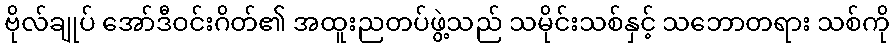
ဗိုလ်ချုပ် အော်ဒီဝင်းဂိတ်၏ အထူးညတပ်ဖွဲ့သည် သမိုင်းသစ်နှင့် သဘောတရား သစ်ကို